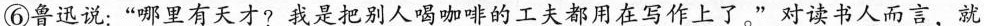
⑥鲁迅说：”哪里有天才?我是把别人喝咖啡的工夫都用在写作上了。”对读书人而言，就